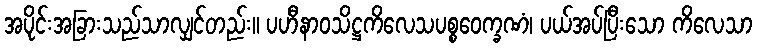
အပိုင်းအခြားသည်သာလျှင်တည်း။ ပဟီနာဝသိဋ္ဌကိလေသပစ္စဝေက္ခဏံ၊ ပယ်အပ်ပြီးသော ကိလေသာ